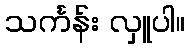
သင်္ကန်း လှူပါ။